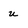
Character: u